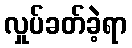
လှုပ်ခတ်ခဲ့ရာ